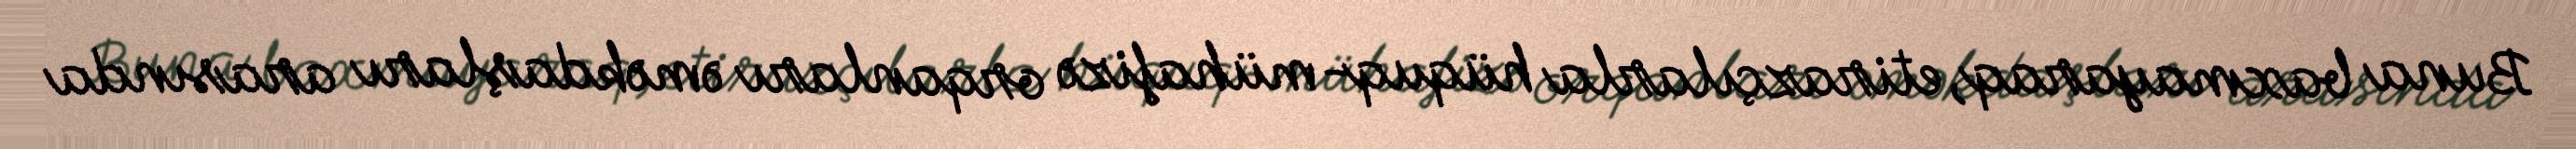
Buna baxmayaraq, etirazçılarla hüquq-mühafizə orqanları əməkdaşları arasında